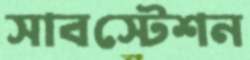
সাবস্টেশন